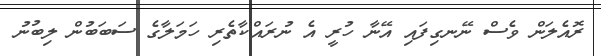
ރޮއެލަން ވެސް ނޭނގިފައި އޭނާ ހުރީ އެ ނުރައްކާތެރި ހަމަލާގެ ސަބަބުން ލިބުނު